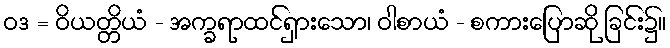
ဝဒ = ဝိယတ္တိယံ - အက္ခရာထင်ရှားသော၊ ဝါစာယံ - စကားပြောဆို ခြင်း၌။